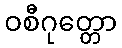
ဝစီဂုတ္တော